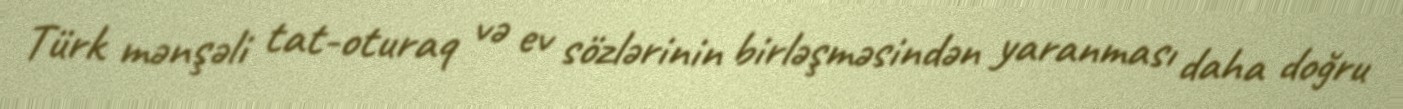
Türk mənşəli tat-oturaq və ev sözlərinin birləşməsindən yaranması daha doğru